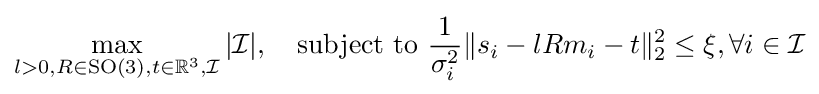
\max _{l>0,R\in {\text{SO}}(3),t\in \mathbb {R} ^{3},{\mathcal {I}}}\vert {\mathcal {I}}\vert ,\quad {\text{subject to }}{\frac {1}{\sigma _{i}^{2}}}\Vert s_{i}-lRm_{i}-t\Vert _{2}^{2}\leq \xi ,\forall i\in {\mathcal {I}}